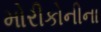
મોરીકોનીના